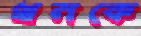
খনকে